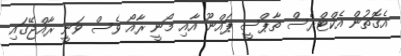
އެގޮތުން އެކްޓްރެސް ތާޕްސީ ޕައްނޫ އާއި މޯނީ ރާއޯ ވެސް ވަނީ ރާއްޖޭގައި